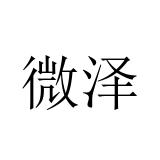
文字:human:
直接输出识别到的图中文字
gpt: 微泽